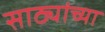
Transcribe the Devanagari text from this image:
साठ्यांच्या